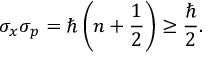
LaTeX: \sigma _ { x } \sigma _ { p } = \hbar \left( n + { \frac { 1 } { 2 } } \right) \geq { \frac { \hbar } { 2 } } .